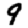
Digit: 9